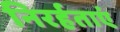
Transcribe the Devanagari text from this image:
निरर्हताएं